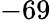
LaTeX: -69